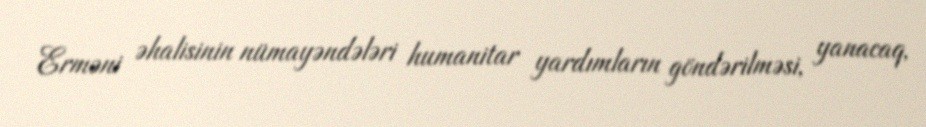
Erməni əhalisinin nümayəndələri humanitar yardımların göndərilməsi, yanacaq,